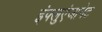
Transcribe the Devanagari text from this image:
इंफ्लुएंजानेट